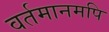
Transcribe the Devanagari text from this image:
वर्तमानमपि